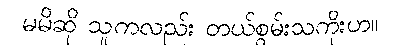
မမိဆို သူကလည်း တယ်စွမ်းသကိုးဟ။